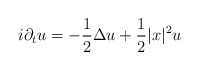
\begin{align*}i\partial_t u=-\frac{1}{2}\Delta u+\frac{1}{2}|x|^2 u\end{align*}